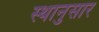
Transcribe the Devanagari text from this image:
स्थानुसार